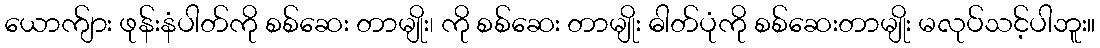
ယောက်ျား ဖုန်းနံပါတ်ကို စစ်ဆေး တာမျိုး၊ ကို စစ်ဆေး တာမျိုး ဓါတ်ပုံကို စစ်ဆေးတာမျိုး မလုပ်သင့်ပါဘူး။